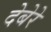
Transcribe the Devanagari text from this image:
देबेरे